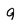
Character: g